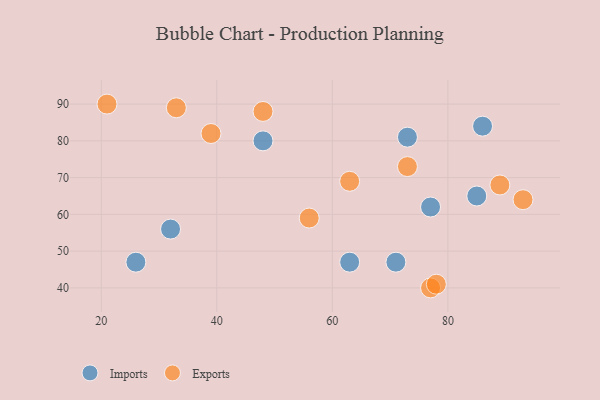
{"axis": {"x": "GDP", "y": "Life Expectancy"}, "legend": ["Exports", "Imports"], "data": [{"x": "32", "y": 56, "type": "Imports"}, {"x": "71", "y": 47, "type": "Imports"}, {"x": "48", "y": 80, "type": "Imports"}, {"x": "77", "y": 62, "type": "Imports"}, {"x": "73", "y": 81, "type": "Imports"}, {"x": "63", "y": 47, "type": "Imports"}, {"x": "85", "y": 65, "type": "Imports"}, {"x": "86", "y": 84, "type": "Imports"}, {"x": "26", "y": 47, "type": "Imports"}, {"x": "93", "y": 64, "type": "Exports"}, {"x": "56", "y": 59, "type": "Exports"}, {"x": "77", "y": 40, "type": "Exports"}, {"x": "78", "y": 41, "type": "Exports"}, {"x": "63", "y": 69, "type": "Exports"}, {"x": "73", "y": 73, "type": "Exports"}, {"x": "48", "y": 88, "type": "Exports"}, {"x": "33", "y": 89, "type": "Exports"}, {"x": "39", "y": 82, "type": "Exports"}, {"x": "89", "y": 68, "type": "Exports"}, {"x": "21", "y": 90, "type": "Exports"}]}